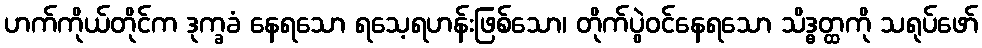
ဟက်ကိုယ်တိုင်က ဒုက္ခခံ နေရသော ရသေ့ရဟန်းဖြစ်သော၊ တိုက်ပွဲဝင်နေရသော သိဒ္ဓတ္ထကို သရုပ်ဖော်